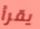
يقرأ